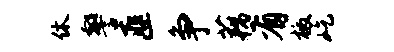
休警匪争藕有檄屹